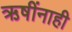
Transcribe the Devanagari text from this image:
ऋषींनाही